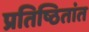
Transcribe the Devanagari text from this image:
प्रतिष्ठितांत